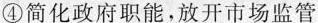
④简化政府职能，放开市场监管